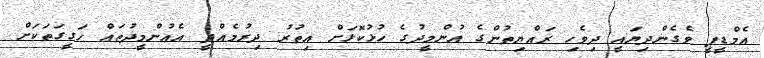
އެމްޑީޕީ ވެގެންދިޔައީ ދިވެހި ރައްޔިތުންގެ އުންމީދުގެ ހުޅުކޮޅަށް އިތުރު ދިރުމެއްދީ އެއުންމީދުތައް ހަގީގަތަކަށް